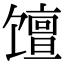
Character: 𫗴